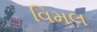
વિમલ